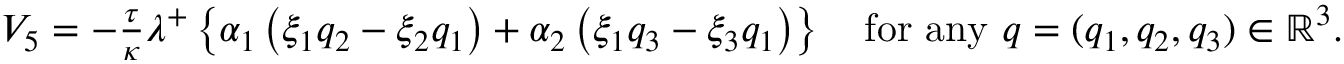
\begin{array} { r } { V _ { 5 } = - \frac { \tau } { \kappa } \lambda ^ { + } \left\lbrace \alpha _ { 1 } \left( \xi _ { 1 } q _ { 2 } - \xi _ { 2 } q _ { 1 } \right) + \alpha _ { 2 } \left( \xi _ { 1 } q _ { 3 } - \xi _ { 3 } q _ { 1 } \right) \right\rbrace \quad \mathrm { f o r ~ a n y } ~ q = ( q _ { 1 } , q _ { 2 } , q _ { 3 } ) \in \mathbb { R } ^ { 3 } . } \end{array}